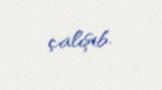
çalışıb.